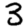
Digit: 3